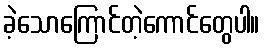
ခဲ့သောကြောင်တဲ့ကောင်တွေပါ။